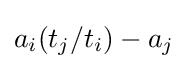
a_{i}(t_{j}/t_{i})-a_{j}